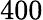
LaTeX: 400